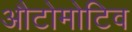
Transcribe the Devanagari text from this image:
औटोमोटिव